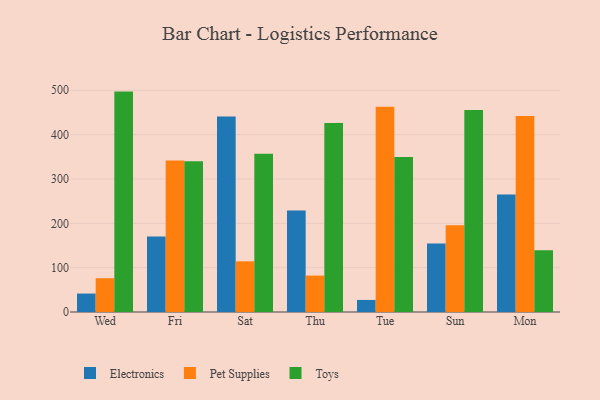
{"axis": {"x": "Day", "y": "Inventory Turnover"}, "legend": ["Electronics", "Pet Supplies", "Toys"], "data": [{"x": "Wed", "y": 41.6, "type": "Electronics"}, {"x": "Wed", "y": 76.1, "type": "Pet Supplies"}, {"x": "Wed", "y": 497.0, "type": "Toys"}, {"x": "Fri", "y": 170.4, "type": "Electronics"}, {"x": "Fri", "y": 341.7, "type": "Pet Supplies"}, {"x": "Fri", "y": 340.0, "type": "Toys"}, {"x": "Sat", "y": 440.7, "type": "Electronics"}, {"x": "Sat", "y": 114.3, "type": "Pet Supplies"}, {"x": "Sat", "y": 356.6, "type": "Toys"}, {"x": "Thu", "y": 228.8, "type": "Electronics"}, {"x": "Thu", "y": 82.1, "type": "Pet Supplies"}, {"x": "Thu", "y": 426.1, "type": "Toys"}, {"x": "Tue", "y": 27.2, "type": "Electronics"}, {"x": "Tue", "y": 462.8, "type": "Pet Supplies"}, {"x": "Tue", "y": 349.4, "type": "Toys"}, {"x": "Sun", "y": 154.7, "type": "Electronics"}, {"x": "Sun", "y": 195.9, "type": "Pet Supplies"}, {"x": "Sun", "y": 455.4, "type": "Toys"}, {"x": "Mon", "y": 264.9, "type": "Electronics"}, {"x": "Mon", "y": 441.8, "type": "Pet Supplies"}, {"x": "Mon", "y": 139.2, "type": "Toys"}]}